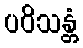
ပဝိသန္တံ